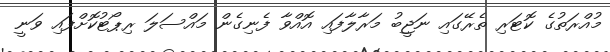
މުއްރަތުގެ ކޮޓަރި ތެރޭގައި ނަޖީބު މަރާލާފައި އޮއްވާ ފެނިގެން މައްސަލަ ރިޕޯޓުކޮށްފައި ވަނީ